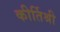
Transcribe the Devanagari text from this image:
कीर्तिश्री